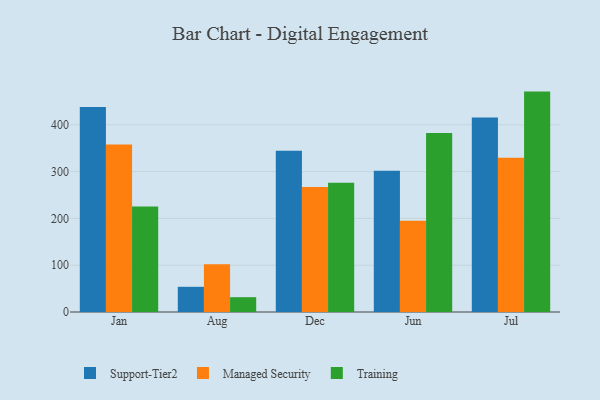
{"axis": {"x": "Month", "y": "Revenue (USD Million)"}, "legend": ["Managed Security", "Support-Tier2", "Training"], "data": [{"x": "Jan", "y": 437.9, "type": "Support-Tier2"}, {"x": "Jan", "y": 358.1, "type": "Managed Security"}, {"x": "Jan", "y": 225.7, "type": "Training"}, {"x": "Aug", "y": 53.8, "type": "Support-Tier2"}, {"x": "Aug", "y": 102.0, "type": "Managed Security"}, {"x": "Aug", "y": 31.6, "type": "Training"}, {"x": "Dec", "y": 344.4, "type": "Support-Tier2"}, {"x": "Dec", "y": 266.9, "type": "Managed Security"}, {"x": "Dec", "y": 276.2, "type": "Training"}, {"x": "Jun", "y": 301.9, "type": "Support-Tier2"}, {"x": "Jun", "y": 194.9, "type": "Managed Security"}, {"x": "Jun", "y": 382.5, "type": "Training"}, {"x": "Jul", "y": 415.4, "type": "Support-Tier2"}, {"x": "Jul", "y": 329.6, "type": "Managed Security"}, {"x": "Jul", "y": 471.0, "type": "Training"}]}